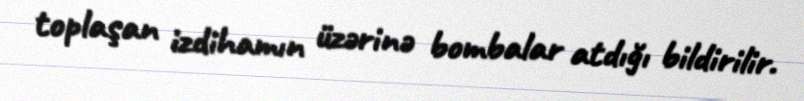
toplaşan izdihamın üzərinə bombalar atdığı bildirilir.